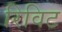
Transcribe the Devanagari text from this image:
रिविट